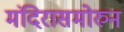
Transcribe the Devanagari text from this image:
मंदिरासमोरुन